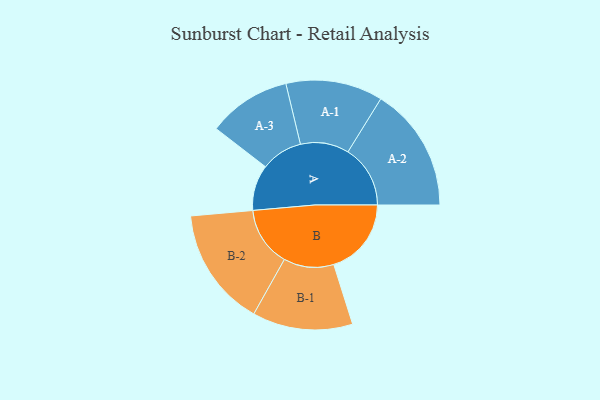
{"axis": {"x": "Segment", "y": "Value"}, "legend": ["", "A", "B"], "data": [{"x": "A", "y": 165, "type": ""}, {"x": "B", "y": 280, "type": ""}, {"x": "A-1", "y": 175, "type": "A"}, {"x": "A-2", "y": 225, "type": "A"}, {"x": "A-3", "y": 150, "type": "A"}, {"x": "B-1", "y": 181, "type": "B"}, {"x": "B-2", "y": 215, "type": "B"}]}